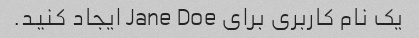
یک نام کاربری برای Jane Doe ایجاد کنید.